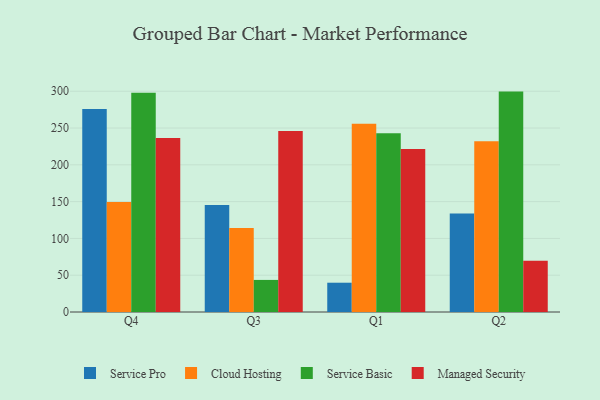
{"axis": {"x": "Quarter", "y": "Bounce Rate (%)"}, "legend": ["Cloud Hosting", "Managed Security", "Service Basic", "Service Pro"], "data": [{"x": "Q4", "y": 275.8, "type": "Service Pro"}, {"x": "Q4", "y": 149.5, "type": "Cloud Hosting"}, {"x": "Q4", "y": 297.8, "type": "Service Basic"}, {"x": "Q4", "y": 236.3, "type": "Managed Security"}, {"x": "Q3", "y": 145.5, "type": "Service Pro"}, {"x": "Q3", "y": 114.3, "type": "Cloud Hosting"}, {"x": "Q3", "y": 43.6, "type": "Service Basic"}, {"x": "Q3", "y": 245.9, "type": "Managed Security"}, {"x": "Q1", "y": 39.8, "type": "Service Pro"}, {"x": "Q1", "y": 255.7, "type": "Cloud Hosting"}, {"x": "Q1", "y": 243.0, "type": "Service Basic"}, {"x": "Q1", "y": 221.5, "type": "Managed Security"}, {"x": "Q2", "y": 134.0, "type": "Service Pro"}, {"x": "Q2", "y": 231.9, "type": "Cloud Hosting"}, {"x": "Q2", "y": 299.5, "type": "Service Basic"}, {"x": "Q2", "y": 69.7, "type": "Managed Security"}]}